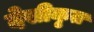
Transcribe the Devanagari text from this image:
देसीकृत